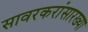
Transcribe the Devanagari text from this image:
सावरकरांसारख्या